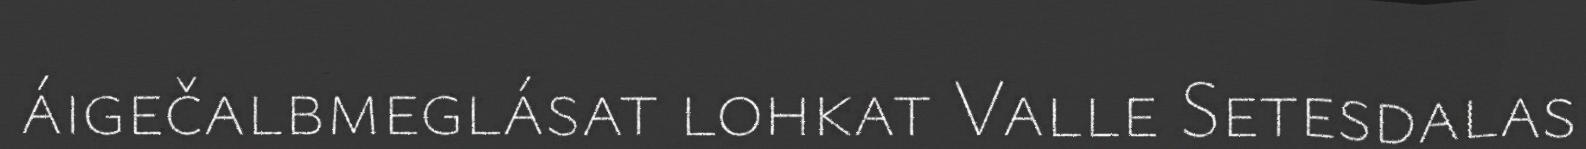
áigečalbmeglásat lohkat Valle Setesdalas